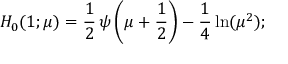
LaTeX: H _ { 0 } ( 1 ; \mu ) = { \frac { 1 } { 2 } } \, \psi \left( \mu + { \frac { 1 } { 2 } } \right) - \frac 1 4 \ln ( \mu ^ { 2 } ) ;